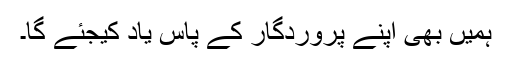
ہمیں بھی اپنے پروردگار کے پاس یاد کیجئے گا۔